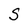
Character: S